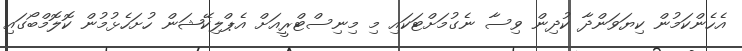
އެހެންކަމުން ކިޔަވަންދާ ކުދިން ވިސާ ނެގުމަށްޓަކައި މި މިނިސްޓްރީއަށް އެޕްލިކޭޝަން ހުށަހެޅުމުން ކޮލޮމްބޯގައި